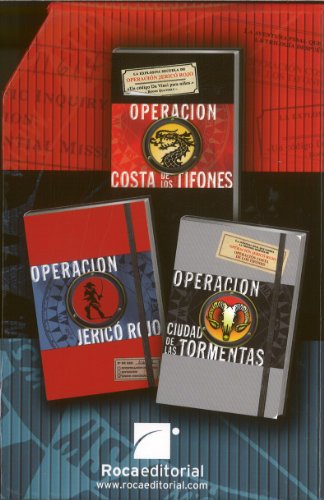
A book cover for Trilogia La Hermandad. Pack (Trilogia La Hermandad / Trilogy the Guild of Specialists) (Spanish Edition); Joshua Mowll; Teen & Young Adult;